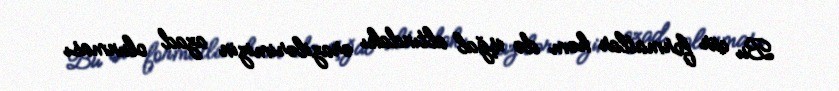
Bu cür formatlar həm də işğal altındakı ərazilərimizin azad olunması